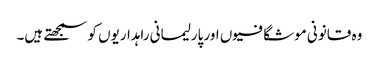
وہ قانونی موشگافیوں اور پارلیمانی راہداریوں کو سمجھتے ہیں۔